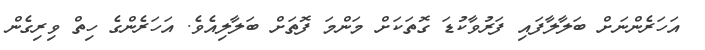
އަހަރެންނަށް ބަލާލާފައި ފަރުވާކުޑަ ގޮތަކަށް މަންމަ ފޮތަށް ބަލާލިއެވެ. އަހަރެންގެ ހިތް ވިރިގެން